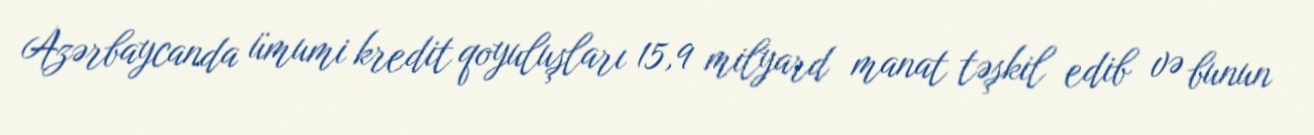
Azərbaycanda ümumi kredit qoyuluşları 15,9 milyard manat təşkil edib və bunun